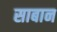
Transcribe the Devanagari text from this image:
साबान